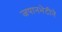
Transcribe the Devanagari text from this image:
जपानभेटीने